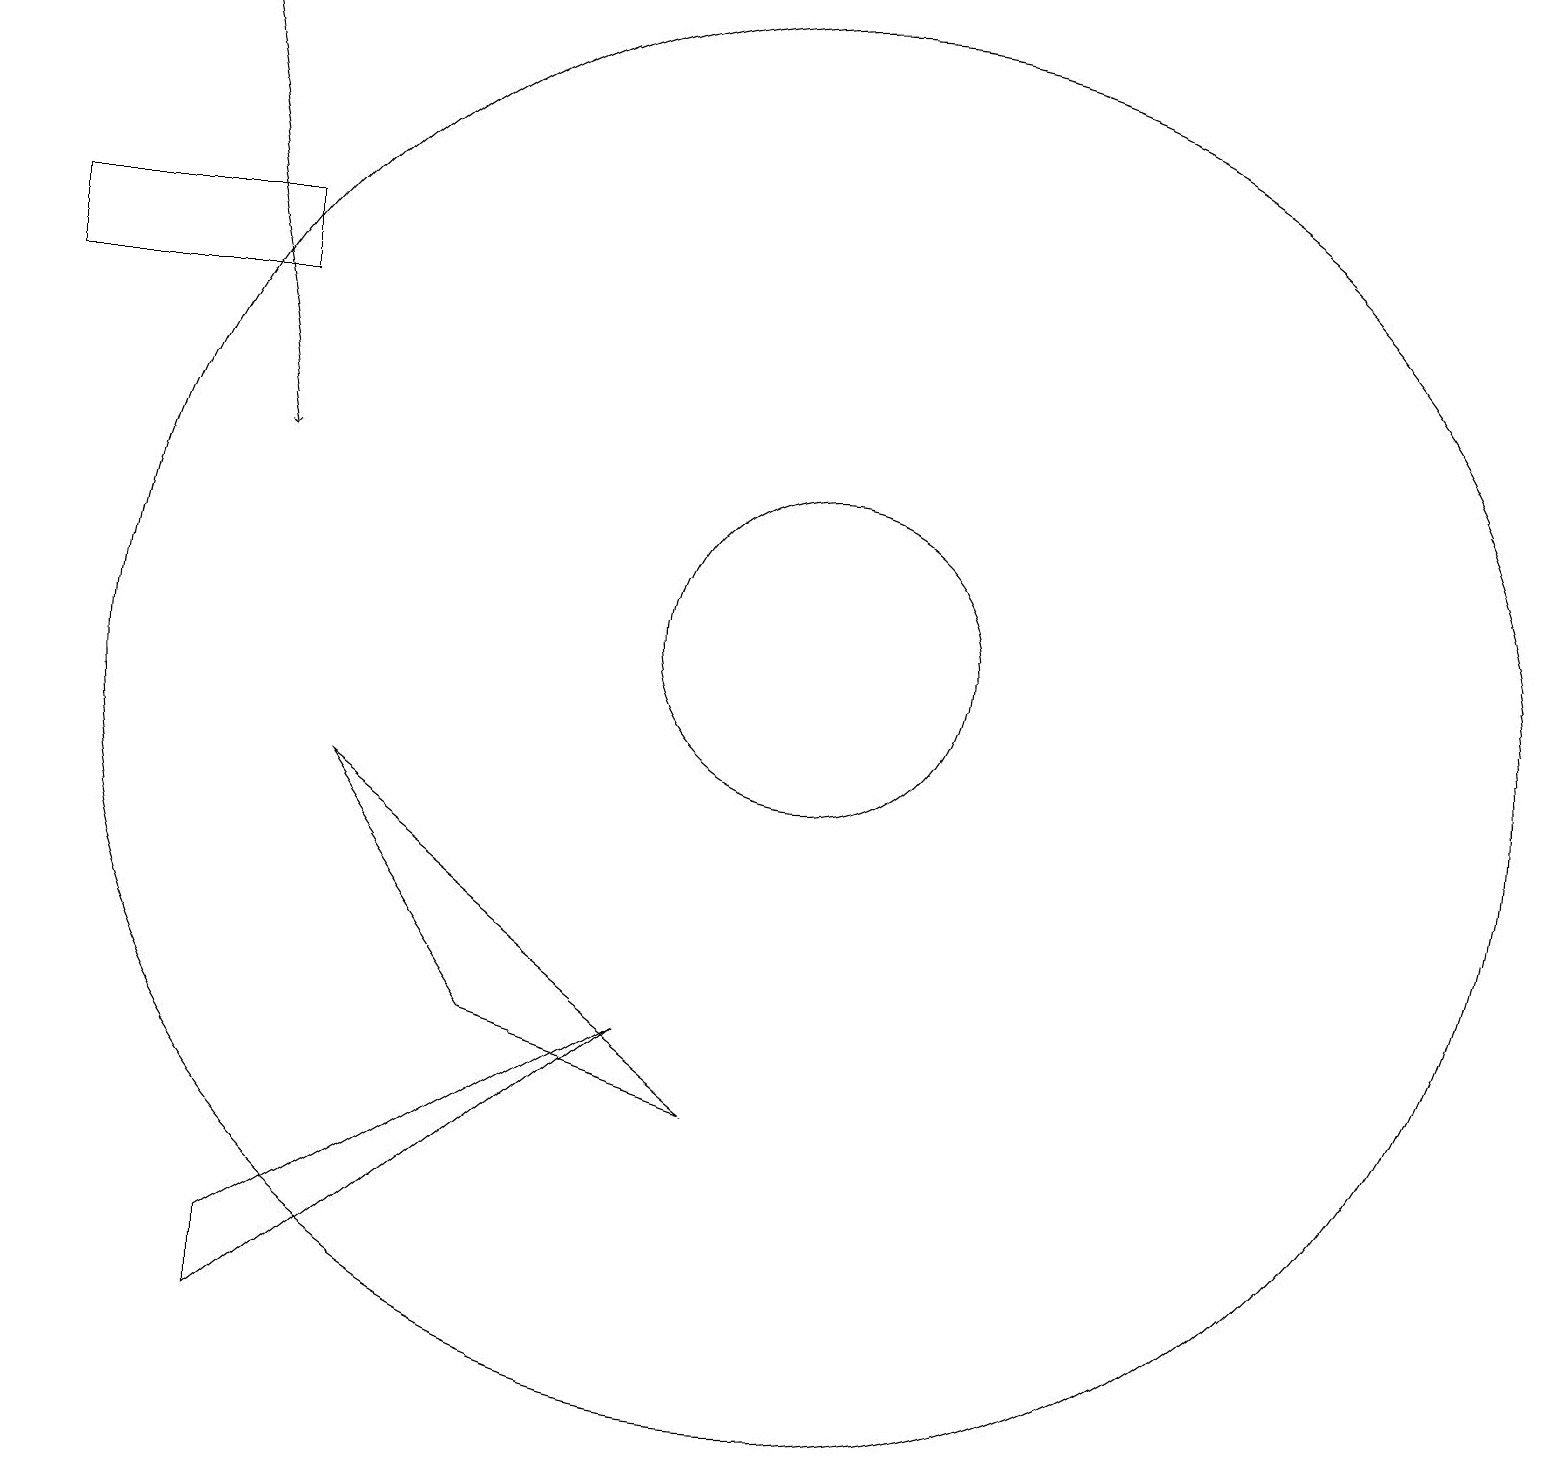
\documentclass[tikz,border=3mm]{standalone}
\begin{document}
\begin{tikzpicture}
\draw (8,6) -- (3,3) -- (3,2) -- cycle;
\draw (10,11) circle (2);
\draw (0,15) rectangle (3,16);
\draw[->] (2,19) -- (3,13);
\draw (10,10) circle (9);
\draw (9,5) -- (6,6) -- (4,9) -- cycle;
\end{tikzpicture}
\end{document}